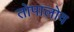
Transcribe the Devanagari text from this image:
तोपालोव